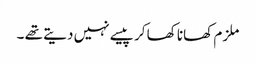
ملزم کھانا کھا کر پیسے نہیں دیتے تھے ۔